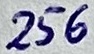
Text: 256